Papers set at the Examination for Leaving Certificates, 1893
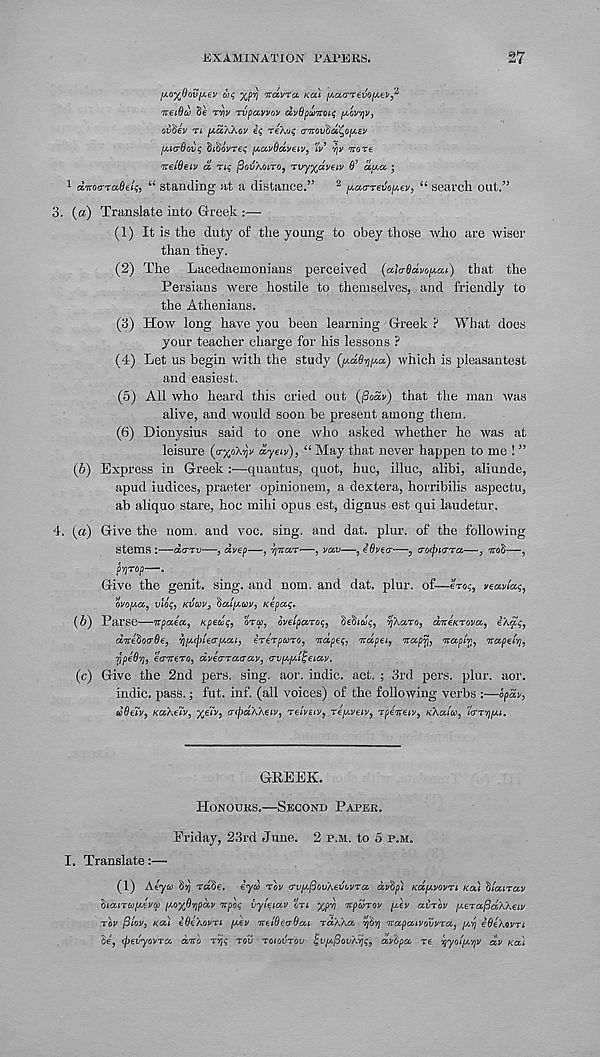
EXAMINATION PAPERS.
27
wc yprj mavui KUL /J.ao-Tevop.ti'^
neidv Be rw Tvpavvoi' dyfjpuTtoiq ij.oyyi/j
oiiBev TI [Aa/.Acy eq reXai; (nrovBa^op.EV
uAarBfjbc BiBeyrey y.aySdyeiy : 'lv ry noTe
'iretdeiv a Tiq [3OV‘AOITO 9 rvyydyeiy 6’ apa ;
1 dnoaTaBei*;, “ Standing at a distance.” 2 paarevepey^ “ search out.”
3. (a) Translate into Greek :—-
(1) It is the duty of the young to obey those who are wiser
than they.
(2) The Lacedaemonians perceived (alaOdvopat) that the
Persians were hostile to themselves, and friendly to
the Athenians.
(3) How long have you been learning Greek ? What does
your teacher charge for his lessons ?
(4) Let us begin with the study (p.d9^pa) which is pleasantest
and easiest.
(5) All who heard this cried out (jSoSv) that the man was
alive, and would soon be present among them.
(6) Dionysius said to one who asked whether he was at
leisure (O-XOATJI/ dyeiv), “ May that never happen to me ! ”
(b) Express in Greek :■—quantus, quot, hue, illuc, alibi, aliunde,
apud iudices, praeter opinionem, a dextera, horribilis aspectu,
ab aliquo stare, hoc mihi opus est, dignus est qui laudetur.
4. (a) Give the nom. and voc. sing, and dat. plur. of the following
stems :—derrv—, dyep—, ijuaT—, van—, eOvetr—, a-ixpiaTa.—, mB—~,
p'ejTop—.
Give the genit. sing, and nom. and dat. plur. of—exo?, veawas,
oVo/xa, mo$, KIJUV, Bai[/,uv, Kepcci;.
(6) Parse—Upaea, Kpedq, orco, ovetpa-Toi;, BeBidi;, TjAeiry, d-neKToya, eA^,
dveBotrOe, vjpetplea'p.ai, ireTpuTO, napes, ndpei, nccpr n napir, naperij,
■ppeS’/j, eernero, dyetTrarrav, a'vp.y.i^eiay.
(c) Give the 2nd pers. sing. aor. indie, act. ; 3rd pers. plur. aor.
indie, pass.; fut. inf. (all voices) of the following verbs :—ipdy,
u8eiv, Ku/.ely, %ery, vtpaK/.eiy, rehtiy, rey.yeiy, Tpeneiy, K‘AC/JU,
GREEK.
HONOURS.—SECOND PAPER.
Friday, 23rd June. 2 P.M. to 5 P.M.
I. Translate:—
(1) Aeyca Bvj raSe. eyd nov avy^ovAedevra dvBp'i Kccyvovri KCM Btanav
BtcuruyJyq) y.oyfi'ifpdy npo( vyteiav tri yp-ri npurov ylv avrbv y.e-va^aAAetv
Toy (9toy, Kai eOeXouTi y.ey neiGetrOai rdAAa vjBvj napatvovyra, y.rj eOoAovTt
Be, tpevyoyra dno Try TOV TOIOVTO-U pvy.fjovA'/js, dvBpa Te ’syoty.-qy dv KCCI